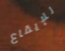
للإيقاع